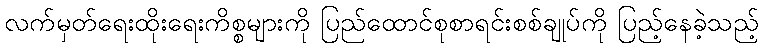
လက်မှတ်ရေးထိုးရေးကိစ္စများကို ပြည်ထောင်စုစာရင်းစစ်ချုပ်ကို ပြည့်နေခဲ့သည့်